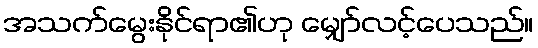
အသက်မွေးနိုင်ရာ၏ဟု မျှော်လင့်ပေသည်။